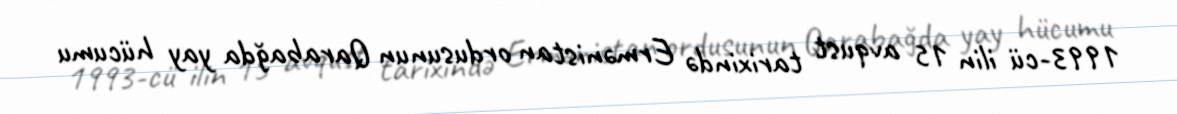
1993-cü ilin 15 avqust tarixində Ermənistan ordusunun Qarabağda yay hücumu